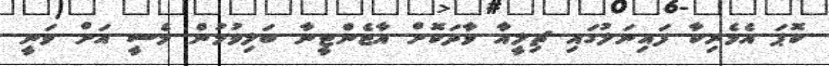
ކޮޕަ އެމެރިކާ ފައިނަލުގައި ޗިލީއާ ވާދަކޮށް އާޖެންޓީނާ ބަލިވުމުން މެސީ އަށް ވަނީ